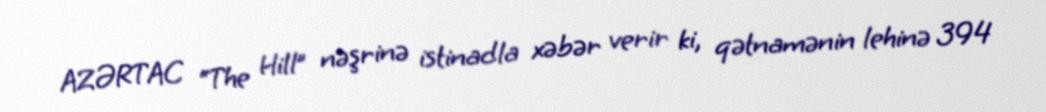
AZƏRTAC “The Hill” nəşrinə istinadla xəbər verir ki, qətnamənin lehinə 394